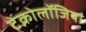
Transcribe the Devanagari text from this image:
टेक्नोलॉजियां